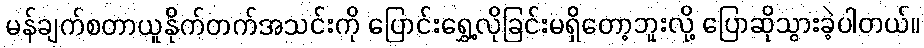
မန်ချက်စတာယူနိုက်တက်အသင်းကို ပြောင်းရွှေ့လိုခြင်းမရှိတော့ဘူးလို့ ပြောဆိုသွားခဲ့ပါတယ်။